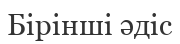
Бірінші әдіс